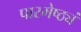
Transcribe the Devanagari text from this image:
पारमेष्ठ्यं